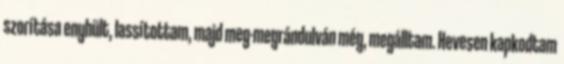
szorítása enyhült, lassítottam, majd meg-megrándulván még, megálltam. Hevesen kapkodtam